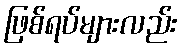
ဖြစ်ရပ်များလည်း